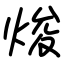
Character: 焌